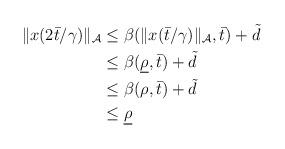
LaTeX: \begin{align*}\begin{aligned}\|x(2 \bar{t}/\gamma)\|_{\mathcal{A}} &\le \beta(\|x(\bar{t}/\gamma)\|_{\mathcal{A}},\bar{t}) + \tilde{d} \\&\le \beta(\underline{\rho},\bar{t}) + \tilde{d} \\&\le \beta(\rho,\bar{t}) + \tilde{d} \\& \le \underline{\rho}\end{aligned}\end{align*}